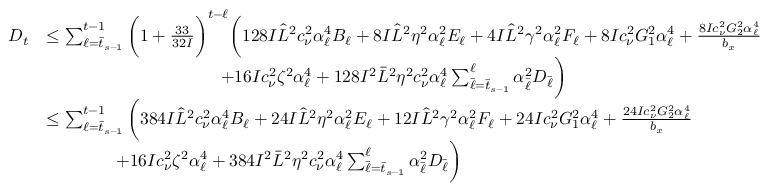
\begin{array} { r l } { D _ { t } } & { \leq \sum _ { \ell = \bar { t } _ { s - 1 } } ^ { t - 1 } \bigg ( 1 + \frac { 3 3 } { 3 2 I } \bigg ) ^ { t - \ell } \bigg ( 1 2 8 I \hat { L } ^ { 2 } c _ { \nu } ^ { 2 } \alpha _ { \ell } ^ { 4 } B _ { \ell } + 8 I \hat { L } ^ { 2 } \eta ^ { 2 } \alpha _ { \ell } ^ { 2 } E _ { \ell } + 4 I \hat { L } ^ { 2 } \gamma ^ { 2 } \alpha _ { \ell } ^ { 2 } F _ { \ell } + 8 I c _ { \nu } ^ { 2 } G _ { 1 } ^ { 2 } \alpha _ { \ell } ^ { 4 } + \frac { 8 I c _ { \nu } ^ { 2 } G _ { 2 } ^ { 2 } \alpha _ { \ell } ^ { 4 } } { b _ { x } } } \\ & { \qquad \qquad \qquad \qquad \qquad + 1 6 I c _ { \nu } ^ { 2 } \zeta ^ { 2 } \alpha _ { \ell } ^ { 4 } + 1 2 8 I ^ { 2 } \bar { L } ^ { 2 } \eta ^ { 2 } c _ { \nu } ^ { 2 } \alpha _ { \ell } ^ { 4 } \sum _ { \bar { \ell } = \bar { t } _ { s - 1 } } ^ { \ell } \alpha _ { \bar { \ell } } ^ { 2 } D _ { \bar { \ell } } \bigg ) } \\ & { \leq \sum _ { \ell = \bar { t } _ { s - 1 } } ^ { t - 1 } \bigg ( 3 8 4 I \hat { L } ^ { 2 } c _ { \nu } ^ { 2 } \alpha _ { \ell } ^ { 4 } B _ { \ell } + 2 4 I \hat { L } ^ { 2 } \eta ^ { 2 } \alpha _ { \ell } ^ { 2 } E _ { \ell } + 1 2 I \hat { L } ^ { 2 } \gamma ^ { 2 } \alpha _ { \ell } ^ { 2 } F _ { \ell } + 2 4 I c _ { \nu } ^ { 2 } G _ { 1 } ^ { 2 } \alpha _ { \ell } ^ { 4 } + \frac { 2 4 I c _ { \nu } ^ { 2 } G _ { 2 } ^ { 2 } \alpha _ { \ell } ^ { 4 } } { b _ { x } } } \\ & { \qquad \qquad + 1 6 I c _ { \nu } ^ { 2 } \zeta ^ { 2 } \alpha _ { \ell } ^ { 4 } + 3 8 4 I ^ { 2 } \bar { L } ^ { 2 } \eta ^ { 2 } c _ { \nu } ^ { 2 } \alpha _ { \ell } ^ { 4 } \sum _ { \bar { \ell } = \bar { t } _ { s - 1 } } ^ { \ell } \alpha _ { \bar { \ell } } ^ { 2 } D _ { \bar { \ell } } \bigg ) } \end{array}